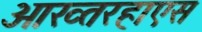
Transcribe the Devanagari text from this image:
आख्तरहाएस